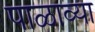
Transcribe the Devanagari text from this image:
पाळाव्या